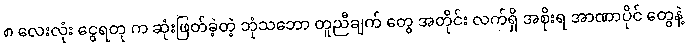
၈ လေးလုံး ငွေရတု က ဆုံးဖြတ်ခဲ့တဲ့ ဘုံသဘော တူညီချက် တွေ အတိုင်း လက်ရှိ အစိုးရ အာဏာပိုင် တွေနဲ့